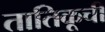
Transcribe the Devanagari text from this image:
तातिकूची